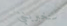
ستخبرينني